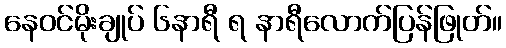
နေဝင်မိုးချုပ် ၆နာရီ ရ နာရီလောက်ပြန်ဖြုတ်။